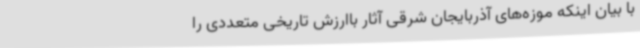
با بیان اینکه موزه‌های آذربایجان شرقی آثار باارزش تاریخی متعددی را